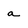
Character: a